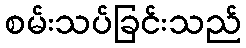
စမ်းသပ်ခြင်းသည်